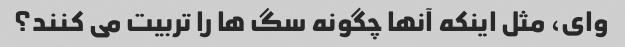
وای، مثل اینکه آنها چگونه سگ ها را تربیت می کنند؟